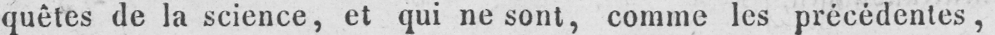
quêtes de la science, et qui ne sont, comme les précédentes,